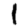
Digit: 1